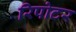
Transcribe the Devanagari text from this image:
रिपोटर